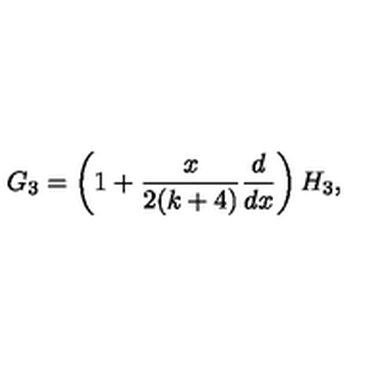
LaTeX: G _ { 3 } = \left( 1 + { \frac { x } { 2 ( k + 4 ) } } { \frac { d } { d x } } \right) H _ { 3 } ,